Report on lock hospitals in British Burma
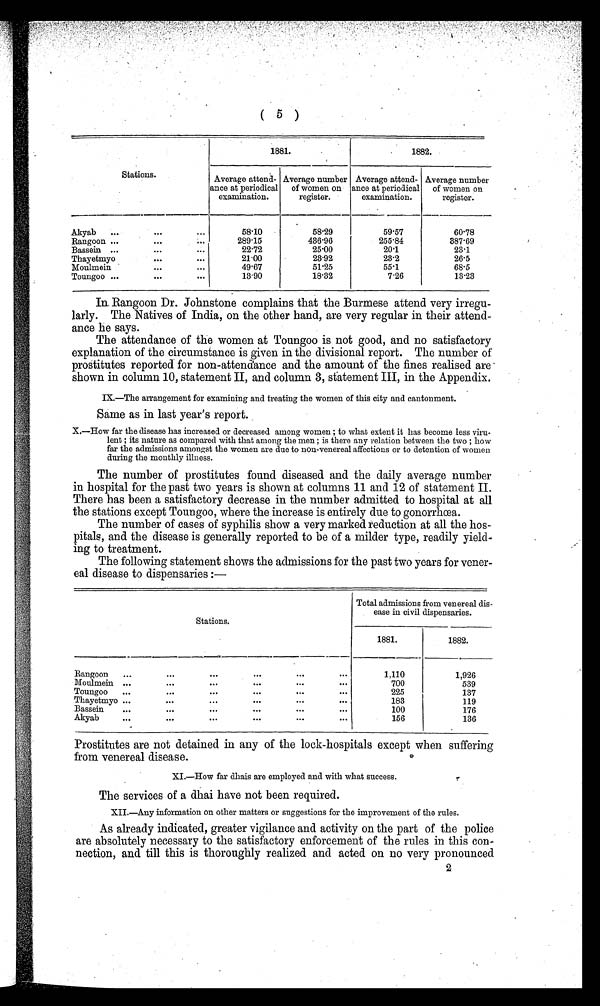
(5)
Stations.
1881.
1882.
Average attend
ance at periodical
examination.
Average number
of women on
register.
Average attend
ance at periodical
examination.
Average number
of women on
register.
Akyab
...
. .
58.10
58.29
59.57
60.78
Rangoon ...
...
289.15
436.96
255.84
387.69
Bassein ...
...
. . .
22.72
25.00
20.1
23.1
Thayetmyo
...
. . .
21.00
23.92
23.2
26.5
Moulmein
... ...
49.67
51.25
55.1
68.5
Toungoo ...
. . .
13.90
18'32
7'26
13.23
In. Rangoon Dr. Johnstone complains that the Burmese attend very irregu-
larly. The Natives of India, on the other hand, are very regular in their attend-
ance he says.
The attendance of the women at Toungoo is not good, and no satisfactory
explanation of the circumstance is given in the divisional report. The number of
prostitutes reported for non-attendance and the amount of the fines realised are
shown in column 10, statement II, and column 3, statement III, in the Appendix.
IX.—The arrangement for examining and treating the women of this city and cantonment.
Same as in last year's report.
X.—How far the disease has increased or decreased among women ; to what extent it has become less viru-
lent ; its nature as compared with that among the men ; is there any relation between the two ; how
far the admissions amongst the women are due to non-venereal affections or to detention of women
during the monthly illness.
The number of prostitutes found diseased and the daily average number
in hospital for the past two years is shown at columns 11 and 12 of statement II.
There has been a satisfactory decrease in the number admitted to hospital at all
the stations except Toungoo, where the increase is entirely due to gonorrhœa.
The number of cases of syphilis show a very marked reduction at all the hos-
pitals, and the disease is generally reported to be of a milder type, readily yield-
ing to treatment.
The following statement shows the admissions for the past two years for vener-
eal disease to dispensaries :—
Stations.
Total admissions from venereal dis-
ease in civil dispensaries.
1881.
1882.
Rangoon
...
...
...
...
...
...
1,110
1,926
Moulmein ...
...
...
...
...
...
700
539
Toungoo
...
...
...
...
...
...
225
137
Thayetmyo ...
...
...
...
...
183
119
Bassein
...
...
...
....
100
176
Akyab
...
...
...
...
...
156
136
Prostitutes are not detained in any of the lock-hospitals except when suffering
from venereal disease.
XI.—How far dhais are employed and with what success.
The services of a dhai have not been required.
XII.—Any information on other matters or suggestions for the improvement of the rules.
As already indicated, greater vigilance and activity on the part of the police
are absolutely necessary to the satisfactory enforcement of the rules in this con-
nection, and till this is thoroughly realized and acted on no very pronounced
2